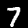
Label: 7